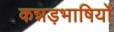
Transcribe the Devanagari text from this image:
कन्नड़भाषियों